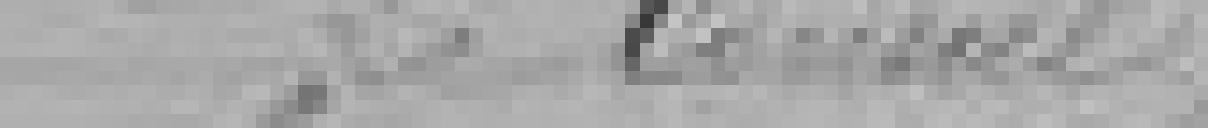
Le Conseil